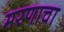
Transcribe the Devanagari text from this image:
मरणाचा